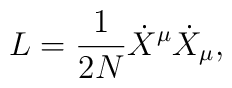
L = \frac{1}{2N} {\dot X}^\mu {\dot X}_\mu,